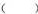
( )